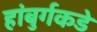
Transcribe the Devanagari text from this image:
हांबुर्गकडे